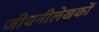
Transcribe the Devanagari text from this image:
जीवनीलेखकों